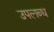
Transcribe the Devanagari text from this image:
उपल्‍ाब्‍ध